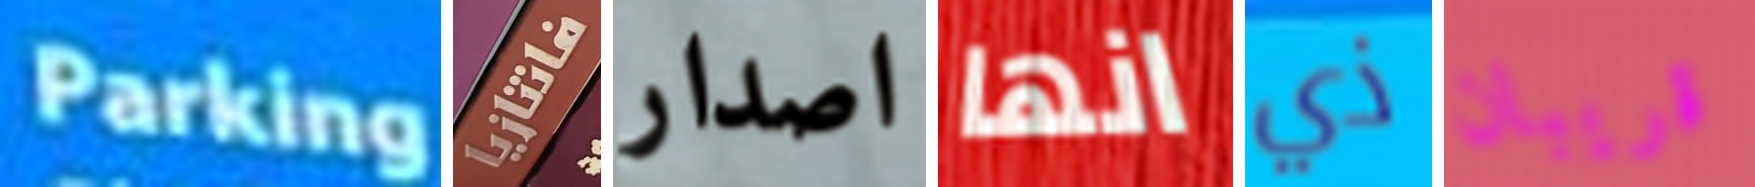
Parking فانتازيا اصدار انها ذي قريبان